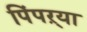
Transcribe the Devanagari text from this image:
पिंपऱ्या